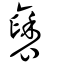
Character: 褎